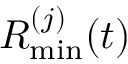
R _ { \mathrm { m i n } } ^ { ( j ) } ( t )